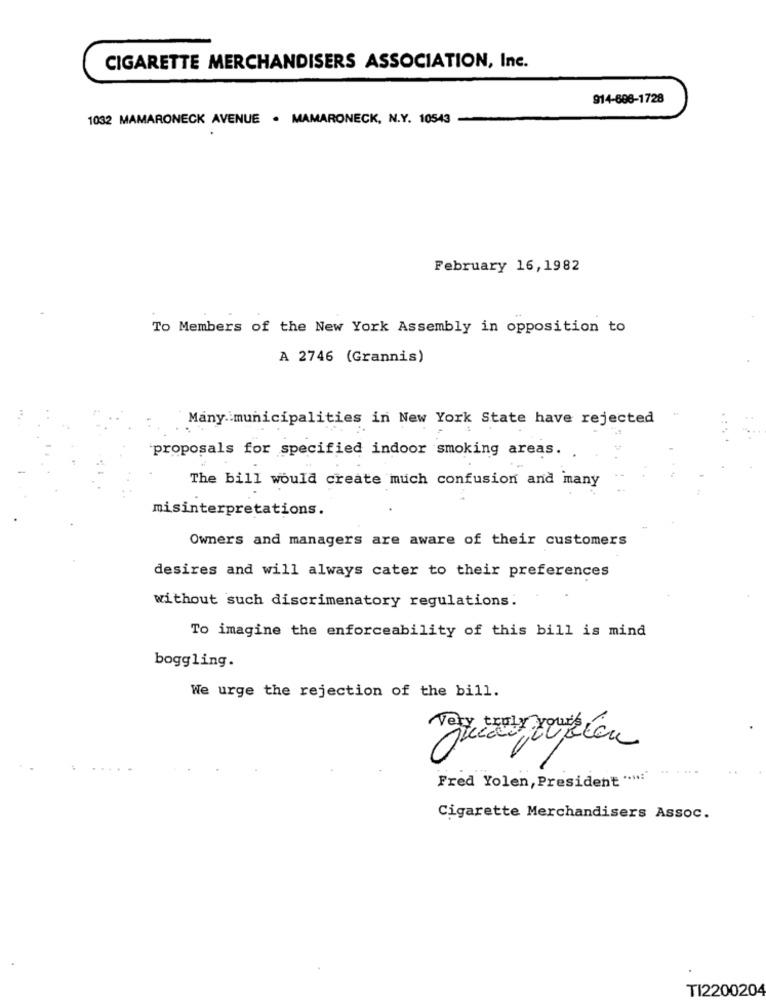
CIGARETTE MERCHANDISERS ASSOCIATION, Inc.
914-808-1728
1032 MAMARONECK AVENUE . MAMARONECK, N.Y. 10543
February 16,1982
To Members of the New York Assembly in opposition to
A 2746 (Grannis)
`Many .: municipalities in New York State have rejected
proposals for specified indoor smoking areas.
The bill would create much confusion and many
misinterpretations.
Owners and managers are aware of their customers
desires and will always cater to their preferences
without such discrimenatory regulations.
To imagine the enforceability of this bill is mind
boggling.
We urge the rejection of the bill.
Fred Yolen, President ".""
Cigarette Merchandisers Assoc.
TI2200204